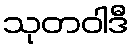
သုတဝါဒီ